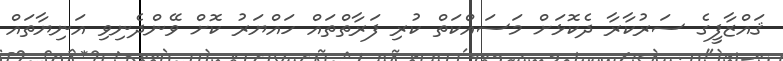
ޤައްޒާފީގެ ސަރުކާރާ ދެކޮޅަށް މަސައްކަތް ކުރި ފަރާތްތައް ހައްޔަރު ކޮށް ވޭންދެނިވި އަނިޔާތައް